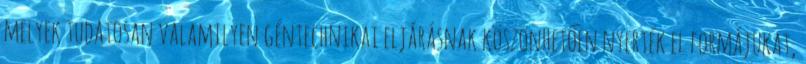
melyek tudatosan valamilyen géntechnikai eljárásnak köszönhetően nyerték el formájukat,